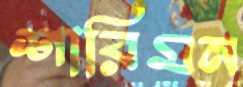
শারিমন